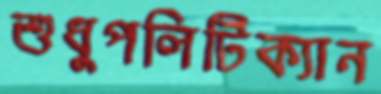
শুধুপলিটিক্যান